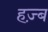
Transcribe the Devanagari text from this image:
हज़्ब